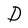
Character: D